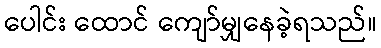
ပေါင်း ထောင် ကျော်မျှနေခဲ့ရသည်။